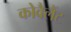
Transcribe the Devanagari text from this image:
कोवैलैंट